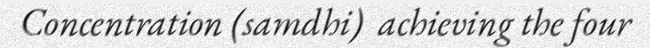
Concentration (samdhi)  achieving the four